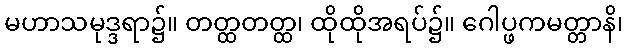
မဟာသမုဒ္ဒရာ၌။ တတ္ထတတ္ထ၊ ထိုထိုအရပ်၌။ ဂေါပ္ဖကမတ္တာနိ၊